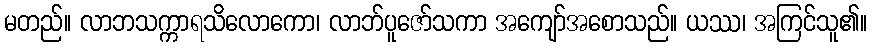
မတည်။ လာဘသက္ကာရသိလောကော၊ လာဘ်ပူဇော်သကာ အကျော်အစောသည်။ ယဿ၊ အကြင်သူ၏။